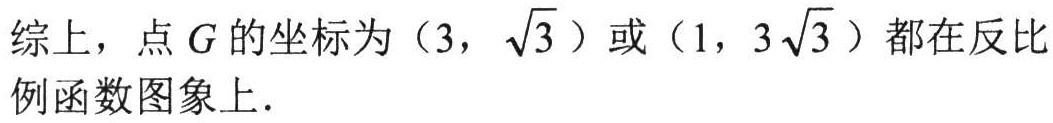
综上，点\(G\)的坐标为\((3,\sqrt{3})\)或\((1,3\sqrt{3})\)都在反比例函数图象上.